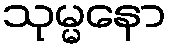
သုမ္မနော